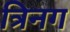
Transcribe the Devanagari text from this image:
त्रिनग